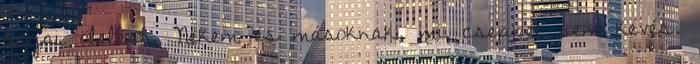
anyai ölelést, Nekem és másoknak, mi cseppet sem kevés.